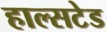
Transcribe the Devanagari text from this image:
हाल्सटेड